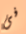
فى